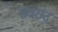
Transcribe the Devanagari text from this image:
छत्रछंद